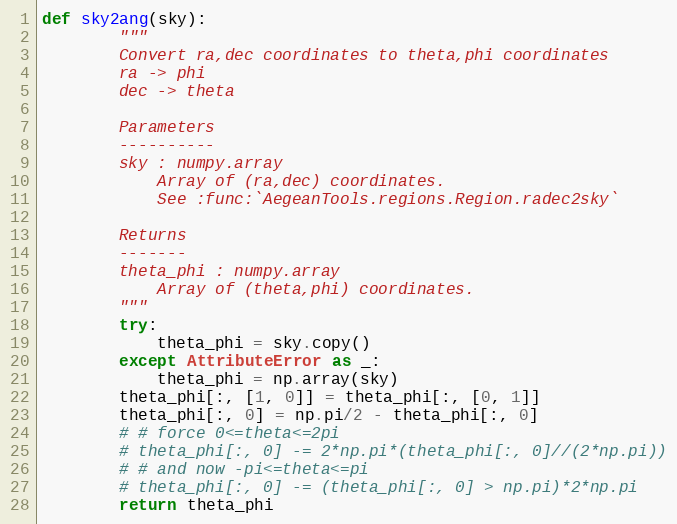
Language: Python
def sky2ang(sky):
        """
        Convert ra,dec coordinates to theta,phi coordinates
        ra -> phi
        dec -> theta

        Parameters
        ----------
        sky : numpy.array
            Array of (ra,dec) coordinates.
            See :func:`AegeanTools.regions.Region.radec2sky`

        Returns
        -------
        theta_phi : numpy.array
            Array of (theta,phi) coordinates.
        """
        try:
            theta_phi = sky.copy()
        except AttributeError as _:
            theta_phi = np.array(sky)
        theta_phi[:, [1, 0]] = theta_phi[:, [0, 1]]
        theta_phi[:, 0] = np.pi/2 - theta_phi[:, 0]
        # # force 0<=theta<=2pi
        # theta_phi[:, 0] -= 2*np.pi*(theta_phi[:, 0]//(2*np.pi))
        # # and now -pi<=theta<=pi
        # theta_phi[:, 0] -= (theta_phi[:, 0] > np.pi)*2*np.pi
        return theta_phi